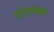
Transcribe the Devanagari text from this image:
मनोशल्यक्रिया